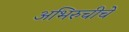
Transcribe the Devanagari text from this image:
अभिरुचीचे